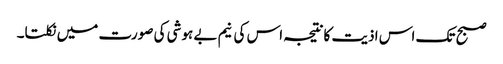
صبح تک اس اذیت کانتیجہ اس کی نیم بے ہوشی کی صورت میں نکلتا۔